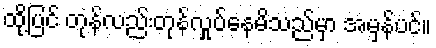
ထို့ပြင် တုန်လည်းတုန်လှုပ်နေမိသည်မှာ အမှန်ပင်။